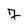
Character: 7